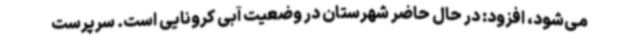
می‌شود، افزود: در حال حاضر شهرستان در وضعیت آبی کرونایی است. سرپرست